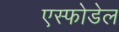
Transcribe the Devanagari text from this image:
एस्फोडेल